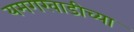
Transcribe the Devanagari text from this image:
यमगरवाडीच्या